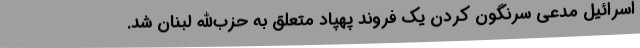
اسرائیل مدعی سرنگون کردن یک فروند پهپاد متعلق به حزب‌الله لبنان شد.